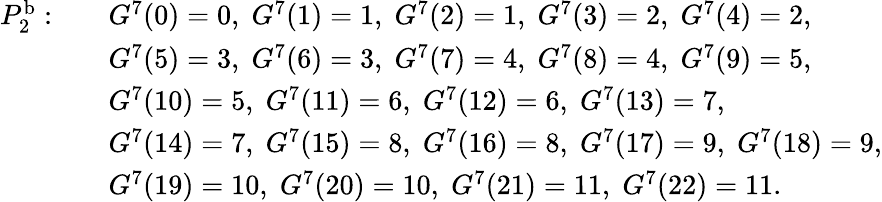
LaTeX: \begin{array}{rl}{P_{2}^{\mathrm{b}}:\quad}&{G^{7}(0)=0,\; G^{7}(1)=1,\; G^{7}(2)=1,\; G^{7}(3)=2,\; G^{7}(4)=2,}\\ &{G^{7}(5)=3,\; G^{7}(6)=3,\; G^{7}(7)=4,\; G^{7}(8)=4,\; G^{7}(9)=5,}\\ &{G^{7}(10)=5,\; G^{7}(11)=6,\; G^{7}(12)=6,\; G^{7}(13)=7,}\\ &{G^{7}(14)=7,\; G^{7}(15)=8,\; G^{7}(16)=8,\; G^{7}(17)=9,\; G^{7}(18)=9,}\\ &{G^{7}(19)=10,\; G^{7}(20)=10,\; G^{7}(21)=11,\; G^{7}(22)=11.\; }\end{array}